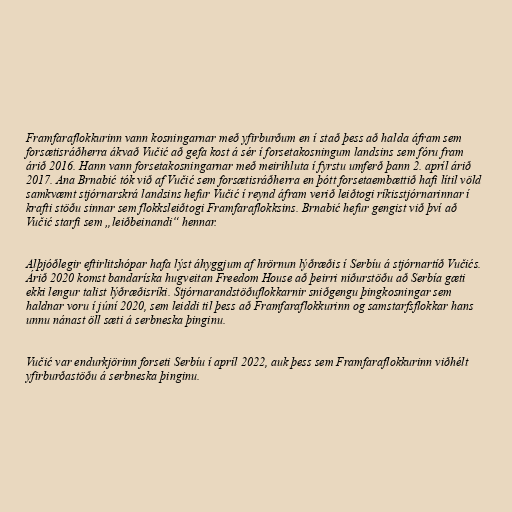
Framfaraflokkurinn vann kosningarnar með yfirburðum en í stað þess að halda áfram sem
forsætisráðherra ákvað Vučić að gefa kost á sér í forsetakosningum landsins sem fóru fram
árið 2016. Hann vann forsetakosningarnar með meirihluta í fyrstu umferð þann 2. apríl árið
2017. Ana Brnabić tók við af Vučić sem forsætisráðherra en þótt forsetaembættið hafi lítil völd
samkvæmt stjórnarskrá landsins hefur Vučić í reynd áfram verið leiðtogi ríkisstjórnarinnar í
krafti stöðu sinnar sem flokksleiðtogi Framfaraflokksins. Brnabić hefur gengist við því að
Vučić starfi sem „leiðbeinandi“ hennar.

Alþjóðlegir eftirlitshópar hafa lýst áhyggjum af hrörnun lýðræðis í Serbíu á stjórnartíð Vučićs.
Árið 2020 komst bandaríska hugveitan Freedom House að þeirri niðurstöðu að Serbía gæti
ekki lengur talist lýðræðisríki. Stjórnarandstöðuflokkarnir sniðgengu þingkosningar sem
haldnar voru í júní 2020, sem leiddi til þess að Framfaraflokkurinn og samstarfsflokkar hans
unnu nánast öll sæti á serbneska þinginu.

Vučić var endurkjörinn forseti Serbíu í apríl 2022, auk þess sem Framfaraflokkurinn viðhélt
yfirburðastöðu á serbneska þinginu.